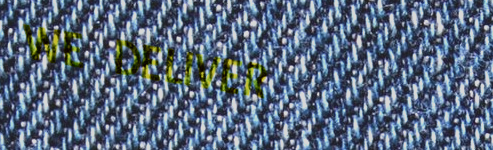
WE DELIVER